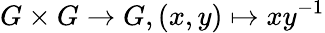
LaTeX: G\times G\to G,(x,y)\mapsto xy^{-1}